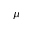
\mu